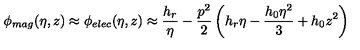
\phi _ { m a g } ( \eta , z ) \approx \phi _ { e l e c } ( \eta , z ) \approx \frac { h _ { r } } \eta - \frac { p ^ { 2 } } { 2 } \left( h _ { r } \eta - \frac { h _ { 0 } \eta ^ { 2 } } { 3 } + h _ { 0 } z ^ { 2 } \right)